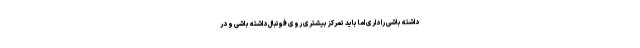
داشته باشی را داری اما باید تمرکز بیشتری روی فوتبال داشته باشی و در